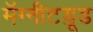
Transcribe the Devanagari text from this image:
मॅग्नीटय़ूड